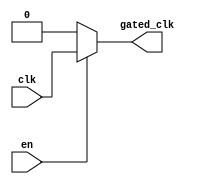
module ClockGatingBuffer (
    input wire clk,        // Main clock signal
    input wire en,         // Enable signal for clock gating
    output reg gated_clk   // Gated clock output
);

    // Clock Gating Logic
    always @(*) begin
        if (en) begin
            gated_clk = clk;     // Pass the main clock signal
        end else begin
            gated_clk = 1'b0;    // Gated clock is low when not enabled
        end
    end

endmodule